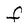
Character: F